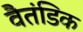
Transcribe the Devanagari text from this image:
वैतंडिक